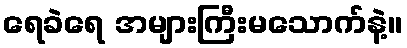
ရေခဲရေ အများကြီးမသောက်နဲ့။